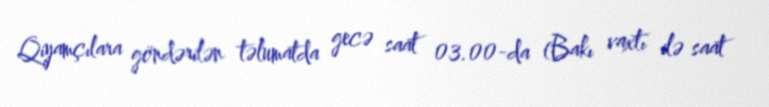
Qiyamçılara göndərilən təlumatda gecə saat 03.00-da (Bakı vaxtı ilə saat